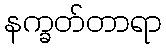
နက္ခတ်တာရာ